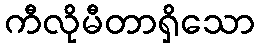
ကီလိုမီတာရှိသော